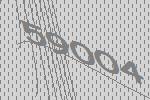
59004